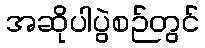
အဆိုပါပွဲစဉ်တွင်